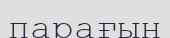
парағын